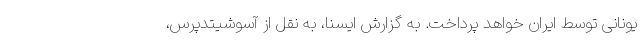
یونانی توسط ایران خواهد پرداخت. به گزارش ایسنا، به نقل از آسوشیتدپرس،